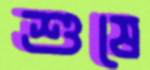
শুষে